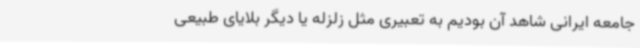
جامعه ایرانی شاهد آن بودیم به تعبیری مثل زلزله یا دیگر بلایای طبیعی